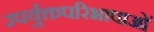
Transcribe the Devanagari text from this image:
उपर्युक्तपरिभाषाओं